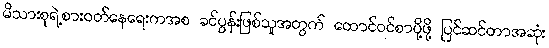
မိသားစုရဲ့စားဝတ်နေရေးကအစ ခင်ပွန်းဖြစ်သူအတွက် ထောင်ဝင်စာပို့ဖို့ ပြင်ဆင်တာအဆုံး